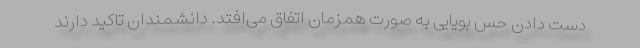
دست دادن حس بویایی به صورت همزمان اتفاق می‌افتد. دانشمندان تاکید دارند